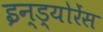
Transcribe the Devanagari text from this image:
इन्ड्योरेंस